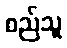
စည်သူ